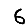
Digit: 6